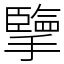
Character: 擥